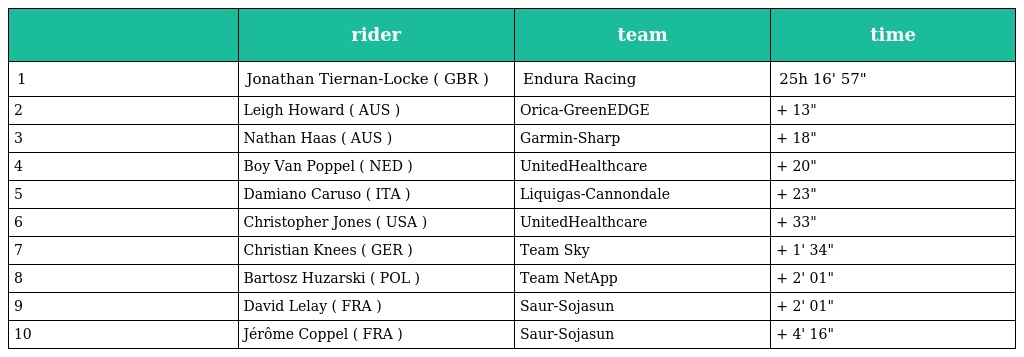
|  | rider | team | time |
 | --- | --- | --- | --- |
 | 1 | Jonathan Tiernan-Locke ( GBR ) | Endura Racing | 25h 16' 57" |
 | 2 | Leigh Howard ( AUS ) | Orica-GreenEDGE | + 13" |
 | 3 | Nathan Haas ( AUS ) | Garmin-Sharp | + 18" |
 | 4 | Boy Van Poppel ( NED ) | UnitedHealthcare | + 20" |
 | 5 | Damiano Caruso ( ITA ) | Liquigas-Cannondale | + 23" |
 | 6 | Christopher Jones ( USA ) | UnitedHealthcare | + 33" |
 | 7 | Christian Knees ( GER ) | Team Sky | + 1' 34" |
 | 8 | Bartosz Huzarski ( POL ) | Team NetApp | + 2' 01" |
 | 9 | David Lelay ( FRA ) | Saur-Sojasun | + 2' 01" |
 | 10 | Jérôme Coppel ( FRA ) | Saur-Sojasun | + 4' 16" |